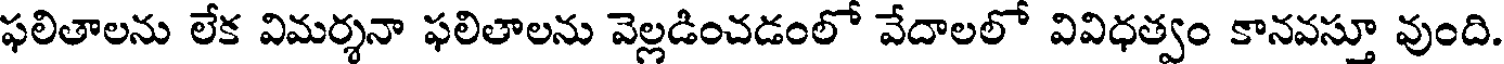
ఫలితాలను లేక విమర్శనా ఫలితాలను వెల్లడించడంలో వేదాలలో వివిధత్వం కానవస్తూ వుంది.